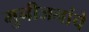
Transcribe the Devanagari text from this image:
मुनीजनांचे